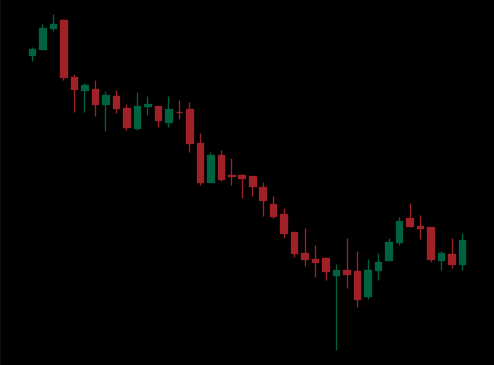
Pattern: bull_flag